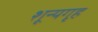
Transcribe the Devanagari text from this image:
शून्यगृह